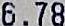
6.78